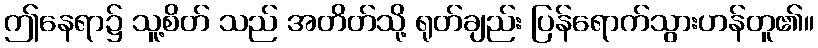
ဤနေရာ၌ သူ့စိတ် သည် အတိတ်သို့ ရုတ်ချည်း ပြန်ရောက်သွားဟန်တူ၏။